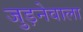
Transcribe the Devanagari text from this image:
जुड़नेवाला